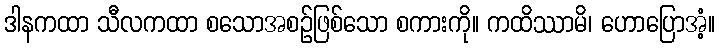
ဒါနကထာ သီလကထာ စသောအစဉ်ဖြစ်သော စကားကို။ ကထိဿာမိ၊ ဟောပြောအံ့။